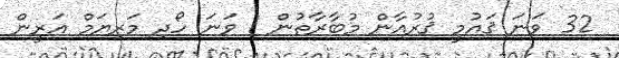
32 ވަނަ ޤައުމީ ޤުރުއާން މުބާރާތުން 1 ވަނަ ހޯދި މަރިޔަމް އަރީން